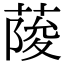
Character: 𦶬